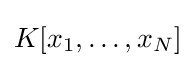
K[x_{1},\ldots ,x_{N}]